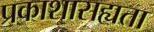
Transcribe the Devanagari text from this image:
प्रकाशासह्यता